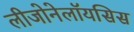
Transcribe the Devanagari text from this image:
लीजोनेलॉयसिस